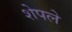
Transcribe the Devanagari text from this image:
शेपले